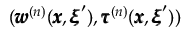
( { \pmb w } ^ { ( n ) } ( { \pmb x } , { \pmb \xi } ^ { \prime } ) , { \pmb \tau } ^ { ( n ) } ( { \pmb x } , { \pmb \xi } ^ { \prime } ) )